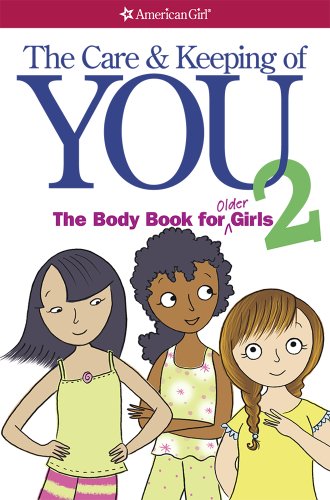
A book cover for The Care and Keeping of You 2: The Body Book for Older Girls; Cara Natterson; Parenting & Relationships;